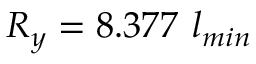
R _ { y } = 8 . 3 7 7 ~ l _ { m i n }